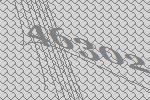
46302